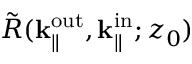
\Tilde { R } ( { \mathbf { k } _ { \parallel } ^ { \mathrm { o u t } } } , \mathbf { k } _ { \parallel } ^ { \mathrm { i n } } ; { z _ { 0 } } )